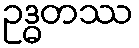
ဥဒ္ဓတဿ